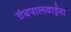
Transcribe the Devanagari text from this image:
ग्रंथपालबाईंना